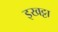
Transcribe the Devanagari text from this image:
इखट्टा